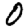
Digit: 0